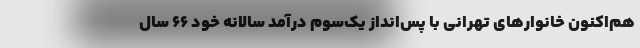
هم‌اکنون خانوارهای تهرانی با پس‌انداز یک‌سوم درآمد سالانه خود ۶۶ سال